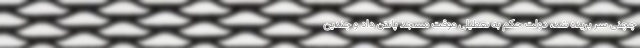
چچنی سر بریده شد،‌ دولت حکم به تعطیلی موقت مسجد پانتن داد و چندین